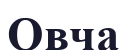
Овча